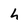
Character: h